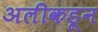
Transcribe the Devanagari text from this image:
अलीकडून